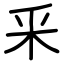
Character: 釆